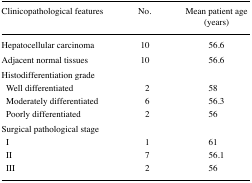
<table><thead><tr><td><b>Clinicopathological features</b></td><td><b>No.</b></td><td><b>Mean patient age (years)</b></td></tr></thead><tbody><tr><td>Hepatocellular carcinoma</td><td>10</td><td>56.6</td></tr><tr><td>Adjacent normal tissues</td><td>10</td><td>56.6</td></tr><tr><td colspan="3">Histodifferentiation grade</td></tr><tr><td> Well differentiated</td><td>2</td><td>58</td></tr><tr><td> Moderately differentiated</td><td>6</td><td>56.3</td></tr><tr><td> Poorly differentiated</td><td>2</td><td>56</td></tr><tr><td colspan="3">Surgical pathological stage</td></tr><tr><td> I</td><td>1</td><td>61</td></tr><tr><td> II</td><td>7</td><td>56.1</td></tr><tr><td> III</td><td>2</td><td>56</td></tr></tbody></table>